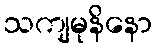
သကျမုနိနော